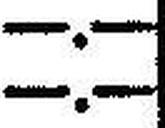
—.—